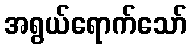
အရွယ်ရောက်သော်